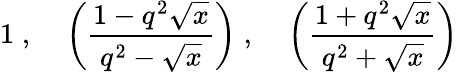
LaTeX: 1\; ,\; \; \; \; \left(\frac{1-q^{2}\sqrt x}{q^{2}-\sqrt x}\right)\; ,\; \; \; \; \left(\frac{1+q^{2}\sqrt x}{q^{2}+\sqrt x}\right)